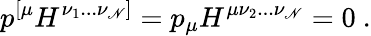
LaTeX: p^{[\mu}H^{\nu_{1}...\nu_{\mathscr{N}}]}=p_{\mu}H^{\mu\nu_{2}...\nu_{\mathscr{N}}}=0\ .